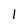
Character: 1